Protection of India from yellow fever
Disease focus: Fever
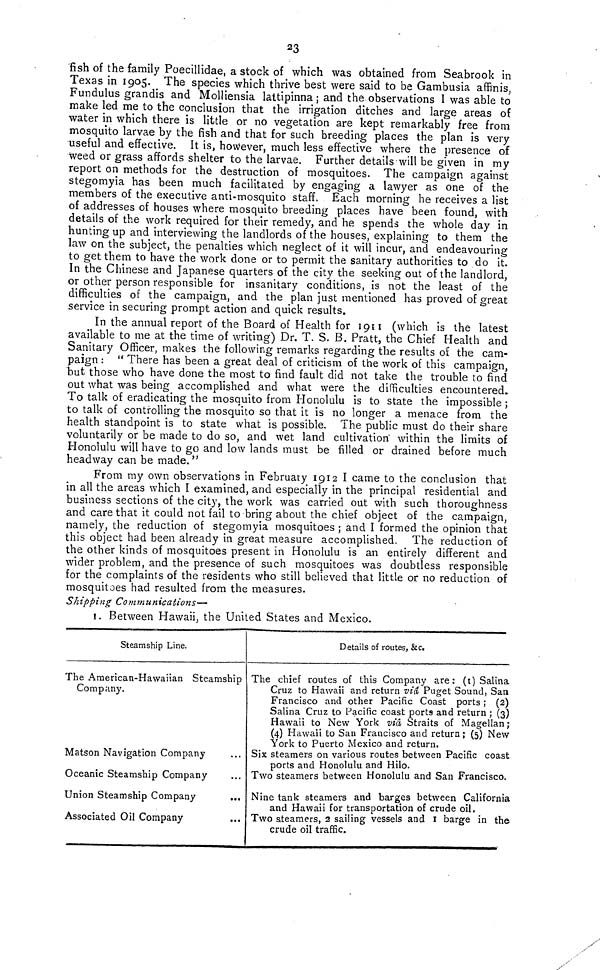
23
fish of the family Poecillidae, a stock of which was obtained from Seabrook in
Texas in 1905. The species which thrive best were said to be Gambusia affinis,
Fundulus grandis and Molliensia lattipinna ; and the observations I was able to
make led me to the conclusion that the irrigation ditches and large areas of
water in which there is little or no vegetation are kept remarkably free from
mosquito larvae by the fish and that for such breeding places the plan is very
useful and effective. It is, however, much less effective where the presence of
weed or grass affords shelter to the larvae. Further details-will be given in my
report on methods for the destruction of mosquitoes. The campaign against
stegomyia has been much facilitated by engaging a lawyer as one of the
members of the executive anti-mosquito staff. Each morning he receives a list
of addresses of houses where mosquito breeding places have been found, with
details of the work required for their remedy, and he spends the whole day in
hunting up and interviewing the landlords of the houses, explaining to them the
law on the subject, the penalties which neglect of it will incur, and endeavouring
to get them to have the work done or to permit the sanitary authorities to do it.
In the Chinese and Japanese quarters of the city the seeking out of the landlord,
or other person responsible for insanitary conditions, is not the least of the
difficulties of the campaign, and the plan just mentioned has proved of great
service in securing prompt action and quick results.
In the annual report of the Board of Health for 1911 (which is the latest
available to me at the time of writing) Dr. T. S. B. Pratt, the Chief Health and
Sanitary Officer, makes the following remarks regarding the results oí the cam-
paign : "There has been a great deal of criticism of the work of this campaign,
but those who have done the most to find fault did not take the trouble to find
out what was being accomplished and what were the difficulties encountered.
To talk of eradicating the mosquito from Honolulu is to state the impossible ;
to talk of controlling the mosquito so that it is no longer a menace from the
health standpoint is to state what is possible. The public must do their share
voluntarily or be made to do so, and wet land cultivation within the limits of
Honolulu will have to go and low lands must be filled or drained before much
headway can be made."
From my own observations in February 1912 I came to the conclusion that
in all the areas which I examined, and especially in the principal residential and
business sections of the city, the work was carried out with such thoroughness
and care that it could not fail to bring about the chief object of the campaign,
namely, the reduction of stegomyia mosquitoes ; and I formed the opinion that
this object had been already in great measure accomplished. The reduction of
the other kinds of mosquitoes present in Honolulu is an entirely different and
wider problem, and the presence of such mosquitoes was doubtless responsible
for the complaints of the residents who still believed that little or no reduction of
mosquitoes had resulted from the measures.
Shipping Communications—
1. Between Hawaii, the United States and Mexico.
Steamship Line.
The American-Hawaiian Steamship
Company.
Matson Navigation Company
Oceanic Steamship Company
Union Steamship Company
...
Associated Oil Company
Details of routes, &c.
The chief routes of this Company are: (1) Salina
Cruz to Hawaii and return via Puget Sound, San
Francisco and other Pacific Coast ports ; (2)
Salina Cruz to Pacific coast ports and return ; (3)
Hawaii to New York viâ Straits of Magellan;
(4) Hawaii to San Francisco and return; (5) New
York to Puerto Mexico and return.
Six steamers on various routes between Pacific coast
ports and Honolulu and Hilo.
Two steamers between Honolulu and San Francisco.
Nine tank steamers and barges between California
and Hawaii for transportation of crude oil.
Two steamers, 2 sailing vessels and I barge in the
crude oil traffic.